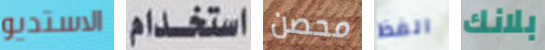
الاستديو استخدام محصن الفظ بلانك